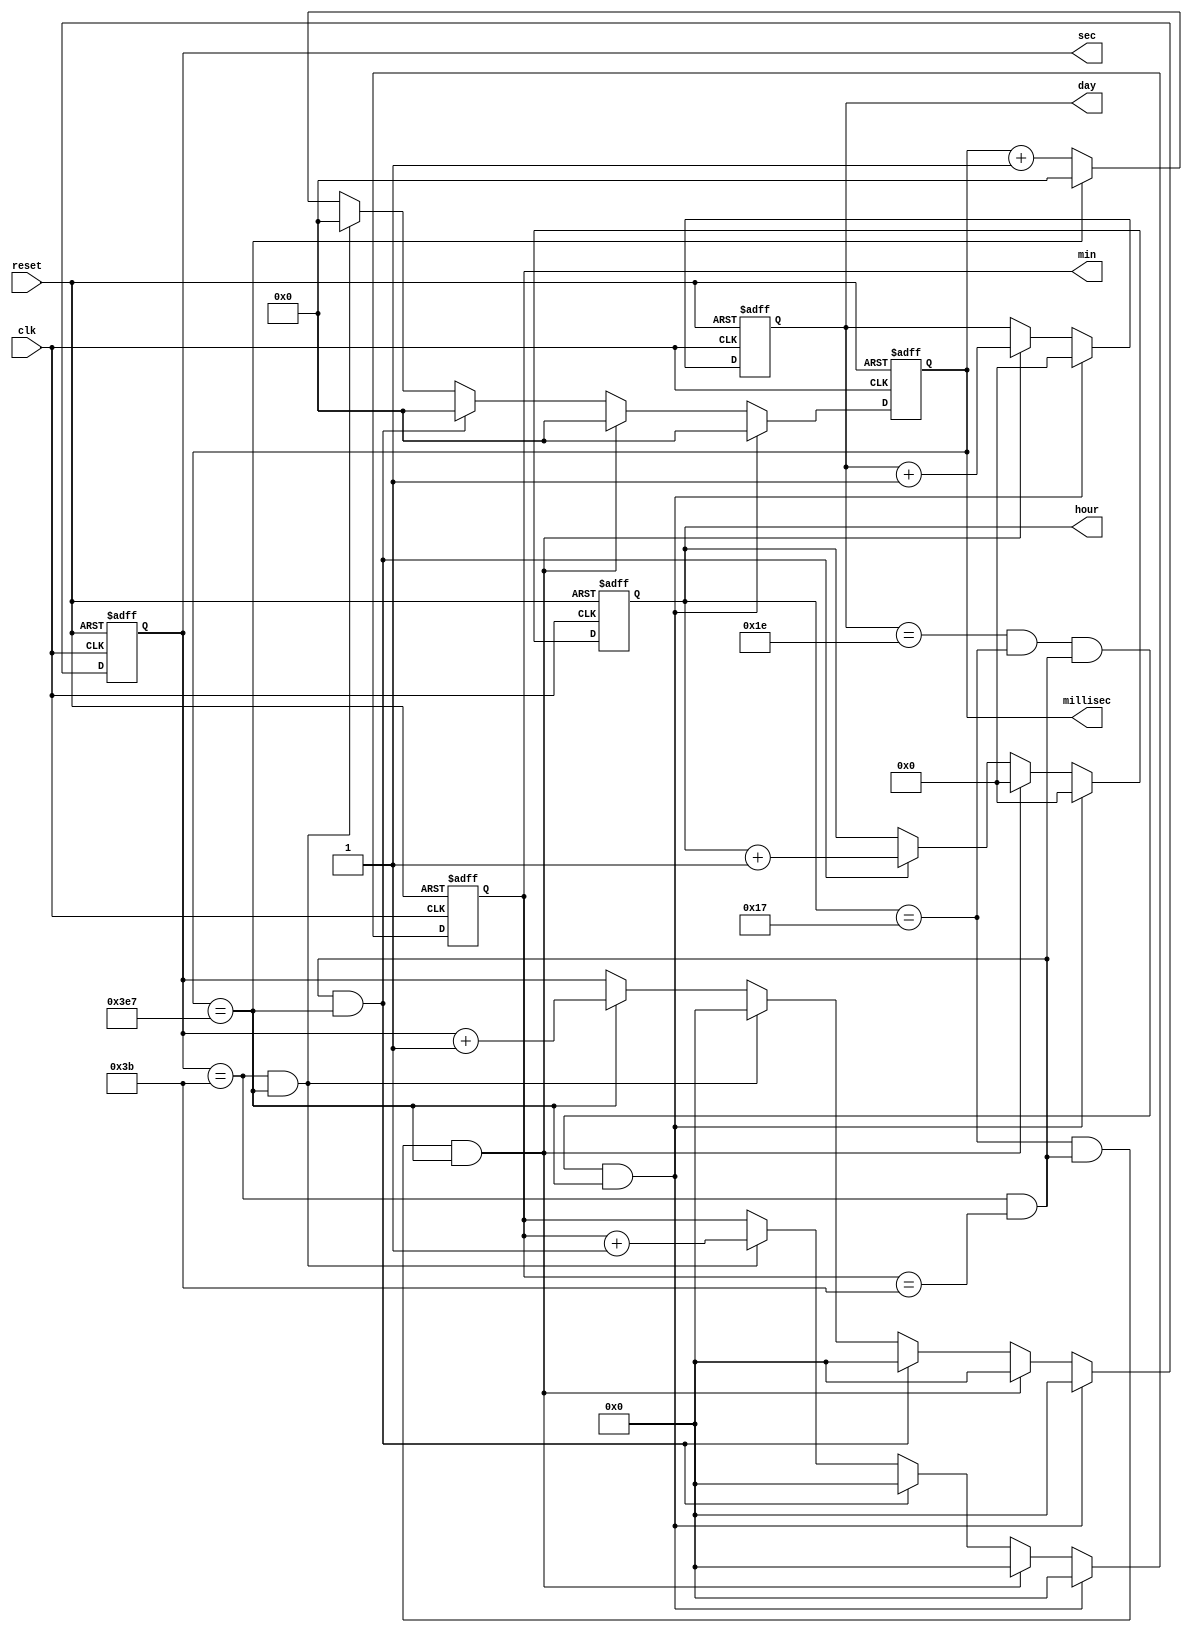
module RTC(input clk, input reset, output reg [5:0] sec, output reg [9:0] millisec,
               output reg [5:0] min, output reg [4:0] hour, output reg [4:0] day);



//-- Sensitive to rising edge
  always @(posedge clk or posedge reset) begin
  //-- Incrementar el registro
    if(reset == 1) begin
  	millisec <= 10'b0;
  	sec <= 6'b0;
  	min <= 6'b0;
  	hour <= 5'b0;
  	day <= 5'b0;
    end
    else begin

    	millisec <= millisec + 1;
    	if(millisec == 999) begin
    		millisec <= 0;
      		sec <= sec + 1;
    	end
    	if(sec == 59 && millisec == 999) begin
		millisec <= 0;
    		sec <= 0;
      		min <= min + 1;
    	end
    	if(sec == 59 & min == 59 && millisec == 999) begin
		millisec <= 0;
      		sec <= 6'b0;
  		min <= 6'b0;
		hour <= hour + 1;
    	end
    	if(hour == 23 && sec == 59 & min == 59 && millisec == 999) begin
		millisec <= 0;
      		sec <= 6'b0;
  		min <= 6'b0;
		hour <= 5'b0;	
		day <= day + 1;
    	end
    	if(day == 30 && hour == 23 && sec == 59 & min == 59 && millisec == 999) begin
		millisec <= 0;
      		sec <= 6'b0;
  		min <= 6'b0;
		hour <= 5'b0;	
		day <= 0;
    	end
	
     end
  end
  
  
endmodule